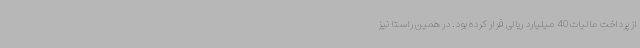
از پرداخت مالیات 40 میلیارد ریالی فرار کرده بود. در همین راستا نیز